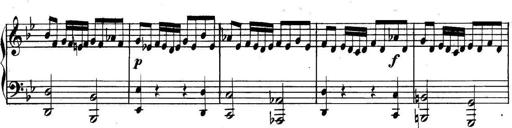
Title: Collected Piano Sonatas
Composer: Muzio Clementi